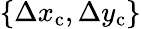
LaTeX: \{ \Delta x_{\mathrm{c}},\Delta y_{\mathrm{c}}\}